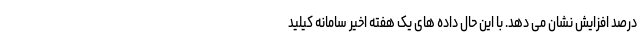
درصد افزایش نشان می دهد. با این حال داده های یک هفته اخیر سامانه کیلید